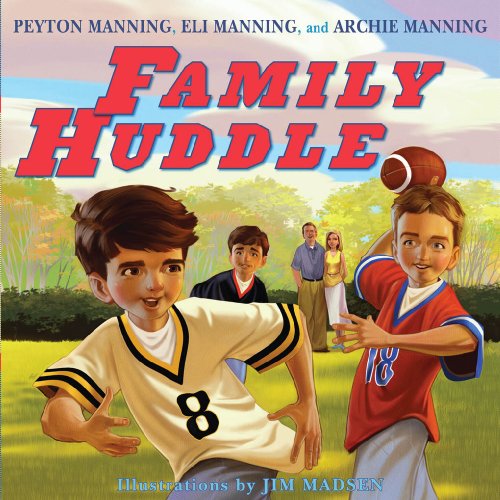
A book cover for Family Huddle; Peyton Manning; Children's Books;